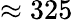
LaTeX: \approx 325